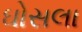
ઘોસલા